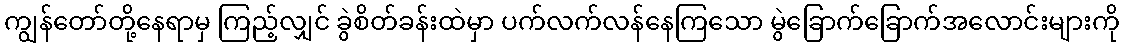
ကျွန်တော်တို့နေရာမှ ကြည့်လျှင် ခွဲစိတ်ခန်းထဲမှာ ပက်လက်လန်နေကြသော မွဲခြောက်ခြောက်အလောင်းများကို